Calcutta medical institutions reports 1892-1900
Year: 1892
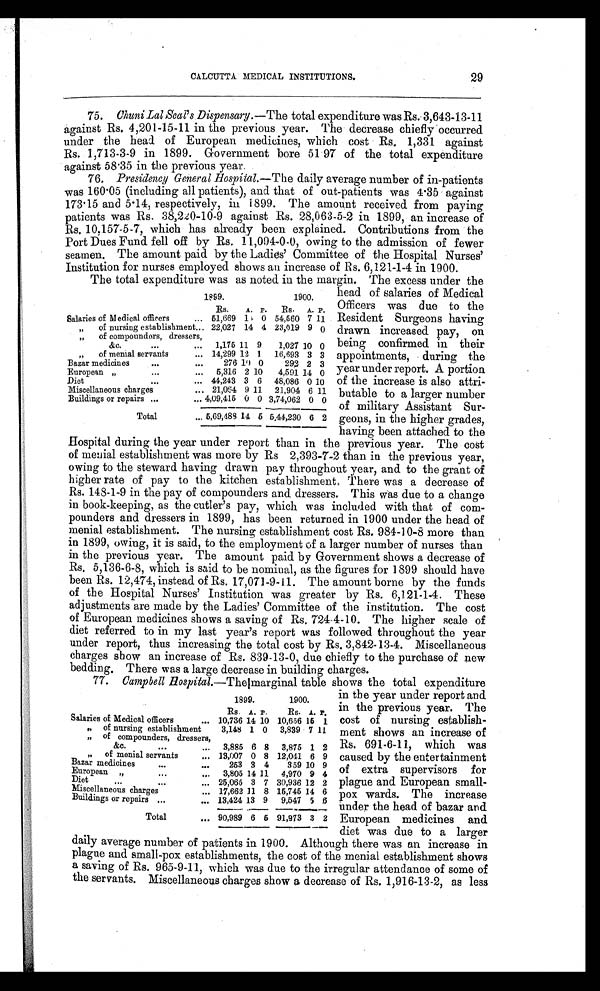
29
CALCUTTA MEDICAL INSTITUTIONS.
75. Chuni Lal Seal's Dispensary.— The total expenditure was Rs. 3,643-13-11
against Rs. 4,201-15-11 in the previous year. The decrease chiefly occurred
under the head of European medicines, which cost Rs. 1,331 against
Rs. 1,713-3-9 in 1899. Government bore 5197 of the total expenditure
against 58.35 in the previous year.
76.
Presidency General Hospital.— The daily average number of in-patients
was 160.05 (including all patients), and that of out-patients was 4.35 against
173.15 and 5.14, respectively, in 1899. The amount received from paying
patients was Rs. 38,220-10-9 against Rs. 28,063-5-2 in 1899, an increase of
Rs. 10.157-5-7, which has already been explained. Contributions from the
Port Dues Fund fell off by Rs. 11,094-0-0, owing to the admission of fewer
seamen. The amount paid by the Ladies' Committee of the Hospital Nurses'
Institution for nurses employed shows an increase of Rs. 6,121-1-4 in 1900.
The total expenditure was as noted in the margin. The excess under the
1899.
1900.
Rs.
A. P.
Rs.
A. P.
Salaries of Medical officers.. 51,669 1
0 54,560 7 11
"
of nursing establishment... 22,027 14 4 23,019 9 o
"
of compounders, dressers,
...
&c....
1,175 11 9
1,027 10 0
"
of menial servants ... 14,299 12 1
16,693 3 3
Bazar medicines
...
...
276 19 0
292 2 3
European "
...
...
5,316 2 10
4,591 14 0
Diet
... 44,243 3 6
48,086 0 10
Miscellaneous charges
... 21,064 9 11
21,904 6 11
Buildings or repairs ...
... 4,09,415 0 0 3,74,062 0 0
Total
... 5,69,488 14 5 5,44,230 6 2
head of salaries of Medical
Officers was duo to the
Resident Surgeons having
drawn increased pay, on
being confirmed in their
appointments, during the
year under report. A portion
of the increase is also attri--
butable to a larger number
of military Assistant Sur-
geons, in the higher grades,
having been attached to the
Hospital during the year under report than in the previous year. The cost
of menial establishment was more by Rs 2,393-7-2 than in the previous year,
owing to the steward having drawn pay throughout year, and to the grant of
higher rate of pay to the kitchen establishment, There was a decrease of
Rs. 148-1-9 in the pay of compounders and dressers. This was due to a change
in book-keeping, as the cutler's pay, which was included with that of com-
pounders and dressers in 1899, has been returned in 1900 under the head of
menial establishment. The nursing establishment cost Rs. 984-10-8 more than
in 1899, owing, it is said, to the employment of a larger number of nurses than
in the previous year. The amount paid by Government shows a decrease of
Rs. 5,136-6-8, which is said to be nominal, as the figures for 1899 should have
been Rs. 12,474, instead of Rs. 17,071-9-11. The amount borne by the funds
of the Hospital Nurses' Institution was greater by Rs. 6,121-1-4. These
adjustments are made by the Ladies' Committee of the institution. The cost
of European medicines shows a saving of Rs. 724-4-10. The higher scale of
diet referred to in my last year's report was followed throughout the year
under report, thus increasing the total cost by Rs. 3,842-13-4. Miscellaneous
charges show an increase of Rs. 839-13-0, due chiefly to the purchase of new
bedding. There was a large decrease in building charges. _
77. Campbell Hospital.— The marginal table shows the total expenditure
1899.
1900.
Rs. A. P.
Rs. A. P.
Salaries of Medical officers
... 10,736 14 10 10,656 15 1
"
of nursing establishment
3,148 1 0
3,839 7 11
"
of compounders, dressers,
&c.
...
...
3,885 6 8
3,875 1 2
"
of menial servants - 13,007 0 8 12,041 6 9
Bazar medicines...
253 3 4
359 10 9
European ".....
3,805 14 11
4,970 9 4
Diet
...
..
25,065 3 7 30,936 12 2
Miscellaneous charges
... 17,662 11 8 15,745 14 6
Buildings or repairs ...
... 13,424 13 9
9,547 5 6
Total
... 90,989 6 5 91,973 3 2
in the year under report and
in the previous year. The
cost of nursing establish-
ment shows an increase of
Rs. 691-6-11, which was
caused by the entertainment
of extra supervisors for
plague and European small--
pox wards. The increase
under the head of bazar and
European medicines and
dief was due to larger
daily average number of patients in 1900. Although there was an increase in
plague and small-pox establishments, the cost of the menial establishment shows
a saving of Rs. 965-9-11, which was due to the irregular attendance of some of
the servants. Miscellaneous charges show a decrease of Rs. 1,916-13-2, as less